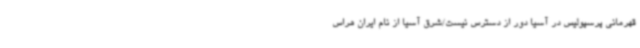
قهرمانی پرسپولیس در آسیا دور از دسترس نیست/شرق آسیا از نام ایران هراس